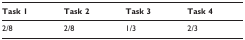
| Task 1 | Task 2 | Task 3 | Task 4 |
 | --- | --- | --- | --- |
 | 2/8 | 2/8 | 1/3 | 2/3 |